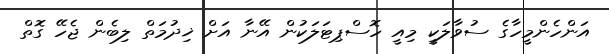
އަންހެންމީހާގެ ސުވާލަކީ މިއީ ހޮސްޕިޓަލަކުން އޭނާ އަށް ޚިދުމަތް ލިބެން ޖެހޭ ގޮތް